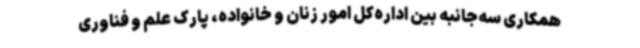
همکاری سه‌جانبه بین اداره‌کل امور زنان و خانواده، پارک علم و فناوری